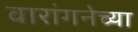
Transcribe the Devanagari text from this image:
वारांगनेच्या